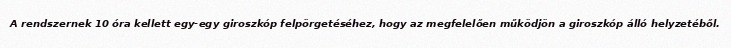
A rendszernek 10 óra kellett egy-egy giroszkóp felpörgetéséhez, hogy az megfelelően működjön a giroszkóp álló helyzetéből.